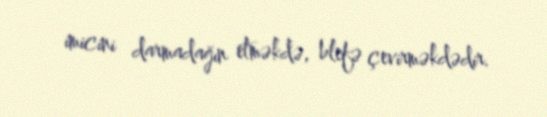
imicini darmadağın etməkdə, blefə çevirməkdədir.